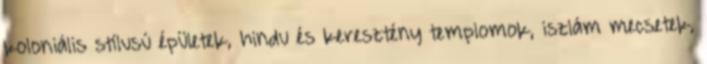
koloniális stílusú épületek, hindu és keresztény templomok, iszlám mecsetek,